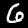
Label: 6